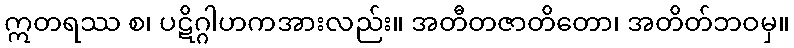
ဣတရဿ စ၊ ပဋိဂ္ဂါဟကအားလည်း။ အတီတဇာတိတော၊ အတိတ်ဘဝမှ။